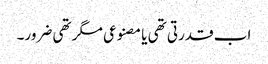
اب قدرتی تھی یا مصنوعی مگر تھی ضرور۔